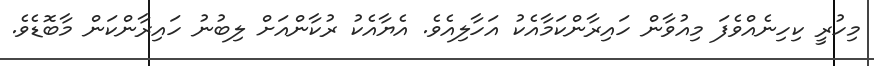
މިހުރީ ކިހިނެއްވެފަ މިއުވާން ހައިރާންކަމާއެކު އަހާލިއެވެ. އެޔާއެކު ރުކާންއަށް ލިބުނު ހައިރާންކަން މާބޮޑެވެ.